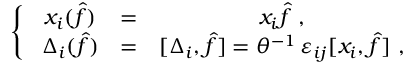
\left\{ ~ \begin{array} { c c c } { { x _ { i } ( \hat { f } ) } } & { { = } } & { { x _ { i } { \hat { f } } ~ , \nonumber } } \\ { { \Delta _ { i } ( { \hat { f } } ) } } & { { = } } & { { [ \Delta _ { i } , { \hat { f } } ] = \theta ^ { - 1 } \, \varepsilon _ { i j } [ x _ { i } , { \hat { f } } ] ~ , } } \end{array} \right.